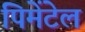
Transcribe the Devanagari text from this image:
पिमेंटेल